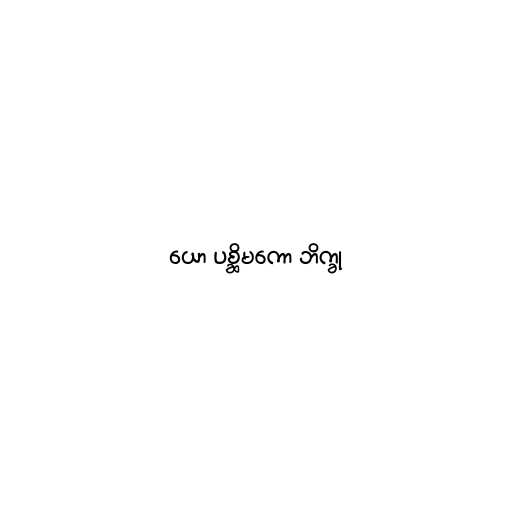
ယော ပစ္ဆိမကော ဘိက္ခု